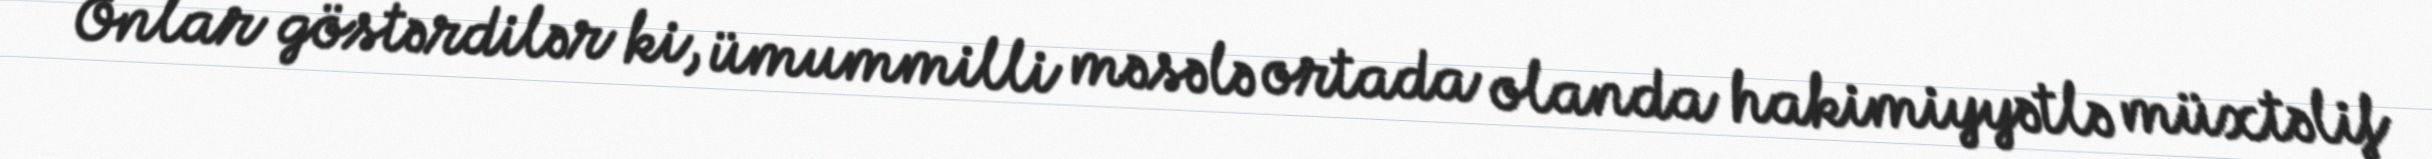
Onlar göstərdilər ki, ümummilli məsələ ortada olanda hakimiyyətlə müxtəlif